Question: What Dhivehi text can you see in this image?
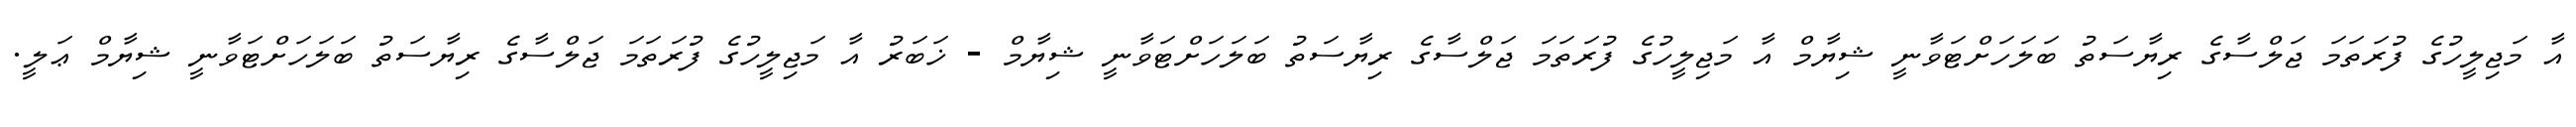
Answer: އާ މަޖިލީހުގެ ފުރަތަމަ ޖަލްސާގެ ރިޔާސަތު ބަލަހަށްޓަވާނީ ޝިޔާމް އާ މަޖިލީހުގެ ފުރަތަމަ ޖަލްސާގެ ރިޔާސަތު ބަލަހަށްޓަވާނީ ޝިޔާމް - ޚަބަރު އާ މަޖިލީހުގެ ފުރަތަމަ ޖަލްސާގެ ރިޔާސަތު ބަލަހަށްޓަވާނީ ޝިޔާމް ޢަލީ.